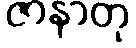
ဇာနာတု